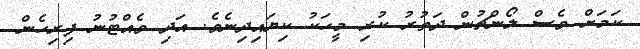
ކަމަށް ވެސް ލޯންޗުން ދަތުރު ކުރި މީހަކު ކިޔައިދިނެވެ. އަދި ވެއްޓުނު ފިިރިހެން